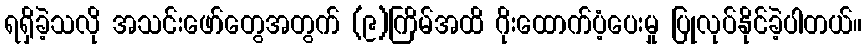
ရရှိခဲ့သလို အသင်းဖော်တွေအတွက် (၉)ကြိမ်အထိ ဂိုးထောက်ပံ့ပေးမှု ပြုလုပ်နိုင်ခဲ့ပါတယ်။